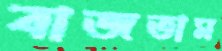
বাজতাম